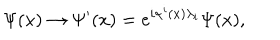
\Psi ( x ) \rightarrow \Psi ^ { \prime } ( x ) = e ^ { i \alpha ^ { i } ( x ) \lambda _ { i } } \Psi ( x ) ,